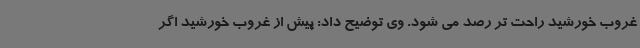
غروب خورشید راحت تر رصد می شود. وی توضیح داد: پیش از غروب خورشید اگر